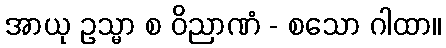
အာယု ဥသ္မာ စ ဝိညာဏံ - စသော ဂါထာ။